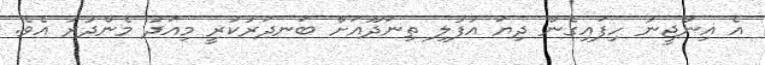
އެ އިންޖީނު ހިފައިގެން ދިޔަ އުފުލި ތިނަދޫއަށް ބަނދަރުކުރީ މިއަދު މެންދުރު އެވެ.